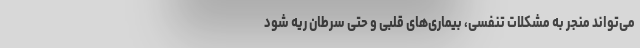
می‌تواند منجر به مشکلات تنفسی، بیماری‌های قلبی و حتی سرطان ریه شود